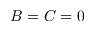
B = C = 0